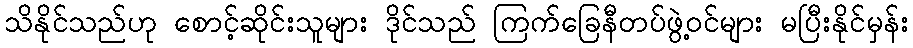
သိနိုင်သည်ဟု စောင့်ဆိုင်းသူများ ဒိုင်သည် ကြက်ခြေနီတပ်ဖွဲ့ဝင်များ မပြီးနိုင်မှန်း